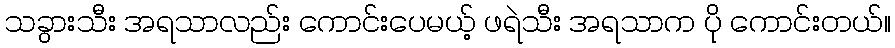
သခွားသီး အရသာလည်း ကောင်းပေမယ့် ဖရဲသီး အရသာက ပို ကောင်းတယ်။